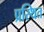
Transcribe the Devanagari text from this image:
प्रस्थित